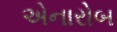
એનારોબ